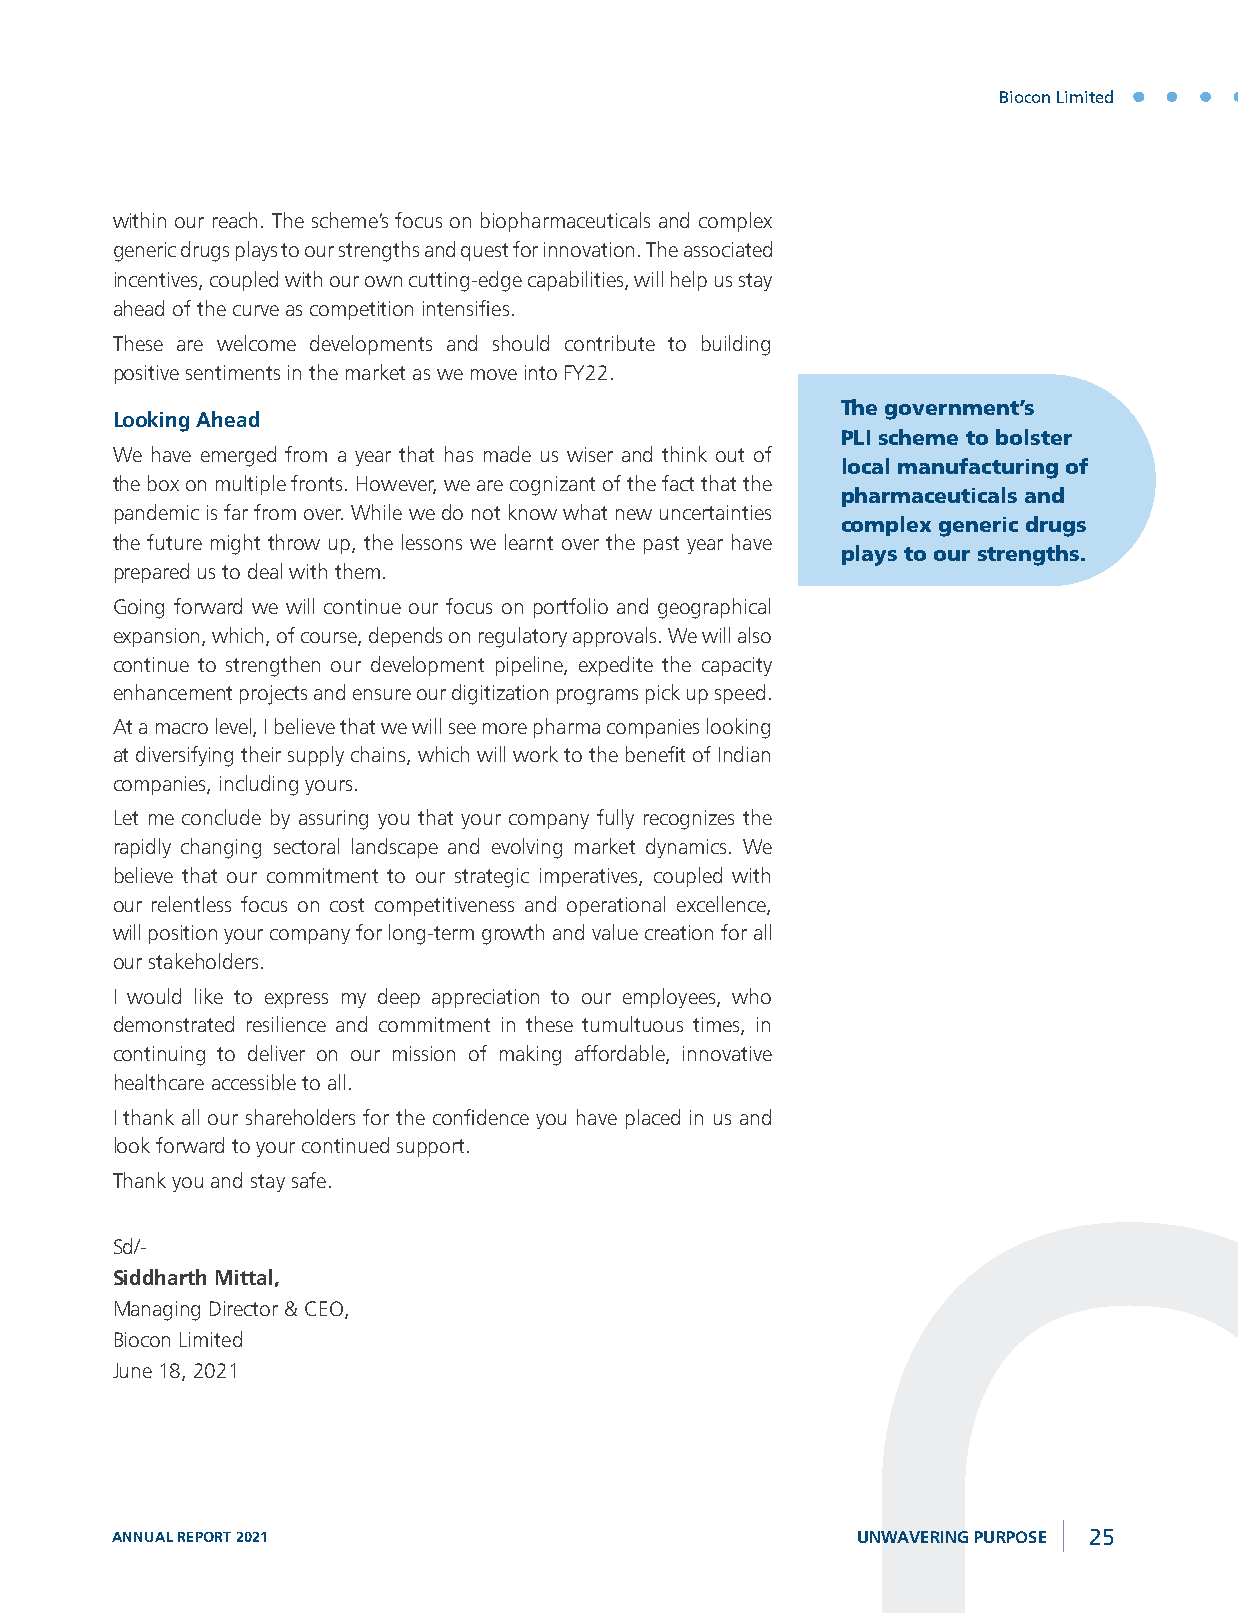
Biocon Limited
 within our reach. The scheme’s focus on biopharmaceuticals and complex
 generic drugs plays to our strengths and quest for innovation. The associated
 incentives, coupled with our own cutting-edge capabilities, will help us stay
 ahead of the curve as competition intensifies.
 These are welcome developments and should contribute to building
 positive sentiments in the market as we move into FY22.
 The government’s
 Looking Ahead
 PLI scheme to bolster
 We have emerged from a year that has made us wiser and think out of
 local manufacturing of
 the box on multiple fronts. However, we are cognizant of the fact that the
 pharmaceuticals and
 pandemic is far from over. While we do not know what new uncertainties
 complex generic drugs
 the future might throw up, the lessons we learnt over the past year have
 plays to our strengths.
 prepared us to deal with them.
 Going forward we will continue our focus on portfolio and geographical
 expansion, which, of course, depends on regulatory approvals. We will also
 continue to strengthen our development pipeline, expedite the capacity
 enhancement projects and ensure our digitization programs pick up speed.
 At a macro level, I believe that we will see more pharma companies looking
 at diversifying their supply chains, which will work to the benefit of Indian
 companies, including yours.
 Let me conclude by assuring you that your company fully recognizes the
 rapidly changing sectoral landscape and evolving market dynamics. We
 believe that our commitment to our strategic imperatives, coupled with
 our relentless focus on cost competitiveness and operational excellence,
 will position your company for long-term growth and value creation for all
 our stakeholders.
 I would like to express my deep appreciation to our employees, who
 demonstrated resilience and commitment in these tumultuous times, in
 continuing to deliver on our mission of making affordable, innovative
 healthcare accessible to all.
 I thank all our shareholders for the confidence you have placed in us and
 look forward to your continued support.
 Thank you and stay safe.
 Sd/-
 Siddharth Mittal,
 Managing Director & CEO,
 Biocon Limited
 June 18, 2021
 ANNUAL REPORT 2021                                UNWAVERING PURPOSE 25